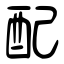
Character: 配